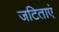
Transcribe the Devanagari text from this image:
जटिताएं